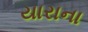
યારાના